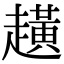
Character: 趪